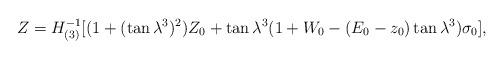
LaTeX: \begin{align*}Z=H_{(3)}^{-1}[(1+(\tan \lambda ^3)^2)Z_0+\tan \lambda ^3(1+W_0-(E_0-z_0)\tan \lambda ^3)\sigma _0],\end{align*}